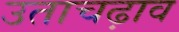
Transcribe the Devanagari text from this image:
उताचढ़ाव